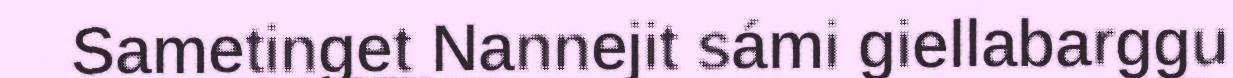
Sametinget Nannejit sámi giellabarggu